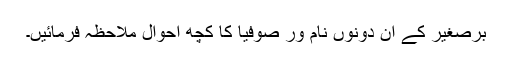
برصغیر کے ان دونوں نام ور صوفیا کا کچھ احوال ملاحظہ فرمائیں۔